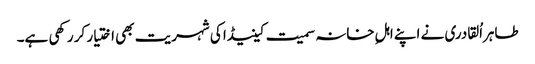
طاہراُلقادری نے اپنے اہلِ خانہ سمیت کینیڈا کی شہریت بھی اختیار کر رکھی ہے۔